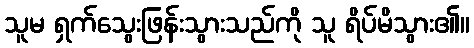
သူမ ရှက်သွေးဖြန်းသွားသည်ကို သူ ရိပ်မိသွား၏။